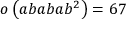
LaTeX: o \left( a b a b a b ^ { 2 } \right) = 6 7